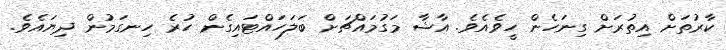
ކާރުތަށް އިތުރަށް ގިނަހެން ހީވެއެވެ. އާޝާ މަގުމައްޗަށް ބަލަހައްޓައިގެން ހުރެ ހިނގަމުން ދިޔައެވެ.